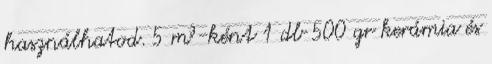
használhatod. 5 m³-ként 1 db 500 gr kerámia és